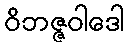
ဝိဘဇ္ဇဝါဒေါ